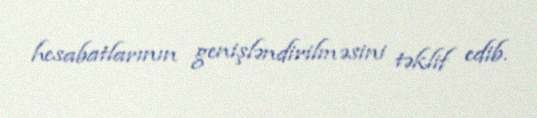
hesabatlarının genişləndirilməsini təklif edib.